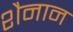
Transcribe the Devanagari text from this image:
शैनान